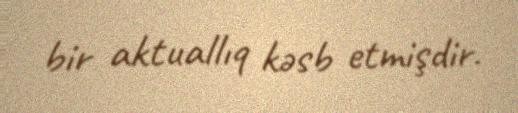
bir aktuallıq kəsb etmişdir.